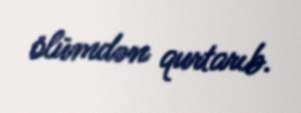
ölümdən qurtarıb.